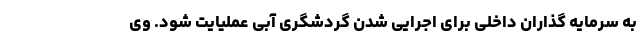
به سرمایه گذاران داخلی برای اجرایی شدن گردشگری آبی عملیایت شود. وی